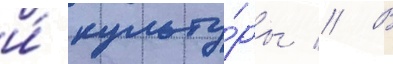
и́ культу́ры // В